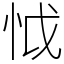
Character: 怴